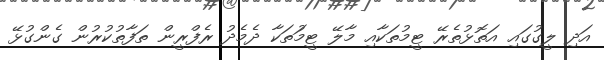
އަދި ލީގުގައި އަތޮޅުތެރޭ ޓީމުތަކާއި މާލޭ ޓީމުަތަކާ ދެމެދު ރެފްރީން ތަފާތުކުރުން ގެންގުޅޭ